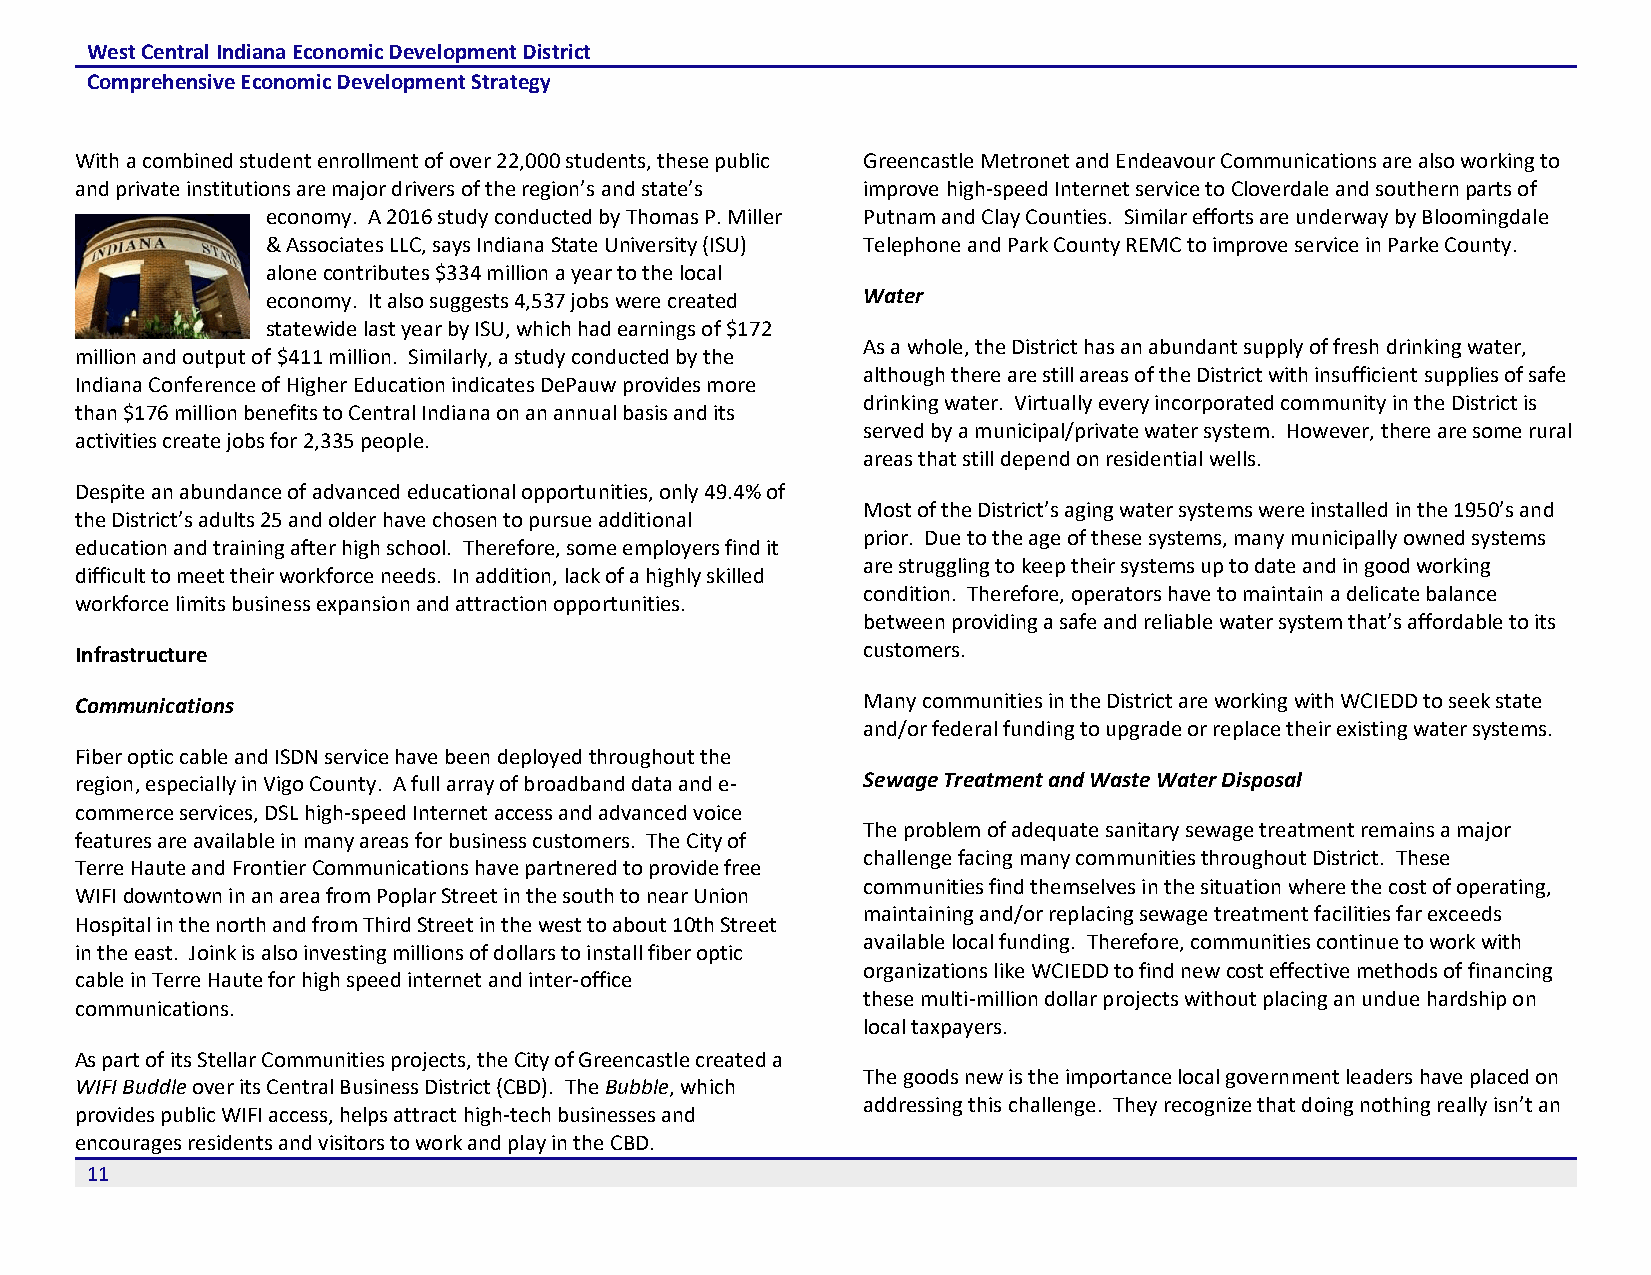
West Central Indiana Economic Development District
 Comprehensive Economic Development Strategy
 With a combined student enrollment of over 22,000 students, these public Greencastle Metronet and Endeavour Communications are also working to
 and private institutions are major drivers of the region’s and state’s improve high-speed Internet service to Cloverdale and southern parts of
 economy. A 2016 study conducted by Thomas P. Miller Putnam and Clay Counties. Similar efforts are underway by Bloomingdale
 & Associates LLC, says Indiana State University (ISU) Telephone and Park County REMC to improve service in Parke County.
 alone contributes $334 million a year to the local
 economy. It also suggests 4,537 jobs were created Water
 statewide last year by ISU, which had earnings of $172
 As a whole, the District has an abundant supply of fresh drinking water,
 million and output of $411 million. Similarly, a study conducted by the
 although there are still areas of the District with insufficient supplies of safe
 Indiana Conference of Higher Education indicates DePauw provides more
 drinking water. Virtually every incorporated community in the District is
 than $176 million benefits to Central Indiana on an annual basis and its
 served by a municipal/private water system. However, there are some rural
 activities create jobs for 2,335 people.
 areas that still depend on residential wells.
 Despite an abundance of advanced educational opportunities, only 49.4% of
 Most of the District’s aging water systems were installed in the 1950’s and
 the District’s adults 25 and older have chosen to pursue additional
 prior. Due to the age of these systems, many municipally owned systems
 education and training after high school. Therefore, some employers find it
 are struggling to keep their systems up to date and in good working
 difficult to meet their workforce needs. In addition, lack of a highly skilled
 condition. Therefore, operators have to maintain a delicate balance
 workforce limits business expansion and attraction opportunities.
 between providing a safe and reliable water system that’s affordable to its
 Infrastructure                                      customers.
 Communications                                      Many communities in the District are working with WCIEDD to seek state
 and/or federal funding to upgrade or replace their existing water systems.
 Fiber optic cable and ISDN service have been deployed throughout the
 region, especially in Vigo County. A full array of broadband data and e- Sewage Treatment and Waste Water Disposal
 commerce services, DSL high-speed Internet access and advanced voice
 The problem of adequate sanitary sewage treatment remains a major
 features are available in many areas for business customers. The City of
 challenge facing many communities throughout District. These
 Terre Haute and Frontier Communications have partnered to provide free
 communities find themselves in the situation where the cost of operating,
 WIFI downtown in an area from Poplar Street in the south to near Union
 maintaining and/or replacing sewage treatment facilities far exceeds
 Hospital in the north and from Third Street in the west to about 10th Street
 available local funding. Therefore, communities continue to work with
 in the east. Joink is also investing millions of dollars to install fiber optic
 organizations like WCIEDD to find new cost effective methods of financing
 cable in Terre Haute for high speed internet and inter-office
 these multi-million dollar projects without placing an undue hardship on
 communications.
 local taxpayers.
 As part of its Stellar Communities projects, the City of Greencastle created a
 The goods new is the importance local government leaders have placed on
 WIFI Buddle over its Central Business District (CBD). The Bubble, which
 addressing this challenge. They recognize that doing nothing really isn’t an
 provides public WIFI access, helps attract high-tech businesses and
 encourages residents and visitors to work and play in the CBD.
 11